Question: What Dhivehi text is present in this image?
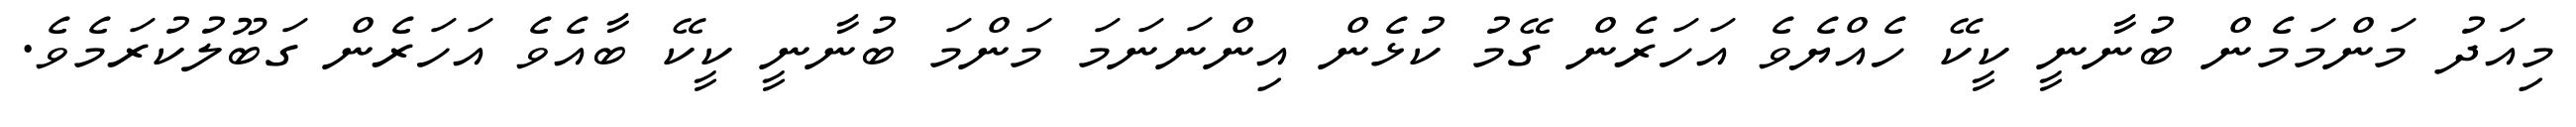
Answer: މިއަދު މަންމަމެން ބުނާނީ ކީކޭ ހެއްޔެވެ އަހަރެން ގޭމު ކުޅެން އިންނަނަމަ މަންމަ ބުނާނީ ކީކޭ ބާއެވެ އަހަރެން ގަބޫލުކުރަމެވެ.